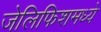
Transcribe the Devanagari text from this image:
जेलिफिशमध्ये